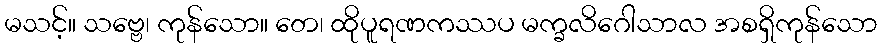
မသင့်။ သဗ္ဗေ၊ ကုန်သော။ တေ၊ ထိုပူရဏကဿပ မက္ခလိဂေါသာလ အစရှိကုန်သော